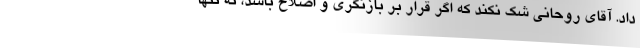
داد. آقای روحانی شک نکند که اگر قرار بر بازنگری و اصلاح باشد، نه تنها